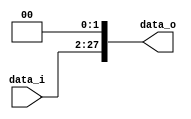
`timescale 1ns/1ns
module ShiftLeftTwo26(data_i, data_o);
input  [25:0] data_i;
output [27:0] data_o;
assign data_o = {data_i[25:0], 2'b00};
endmodule